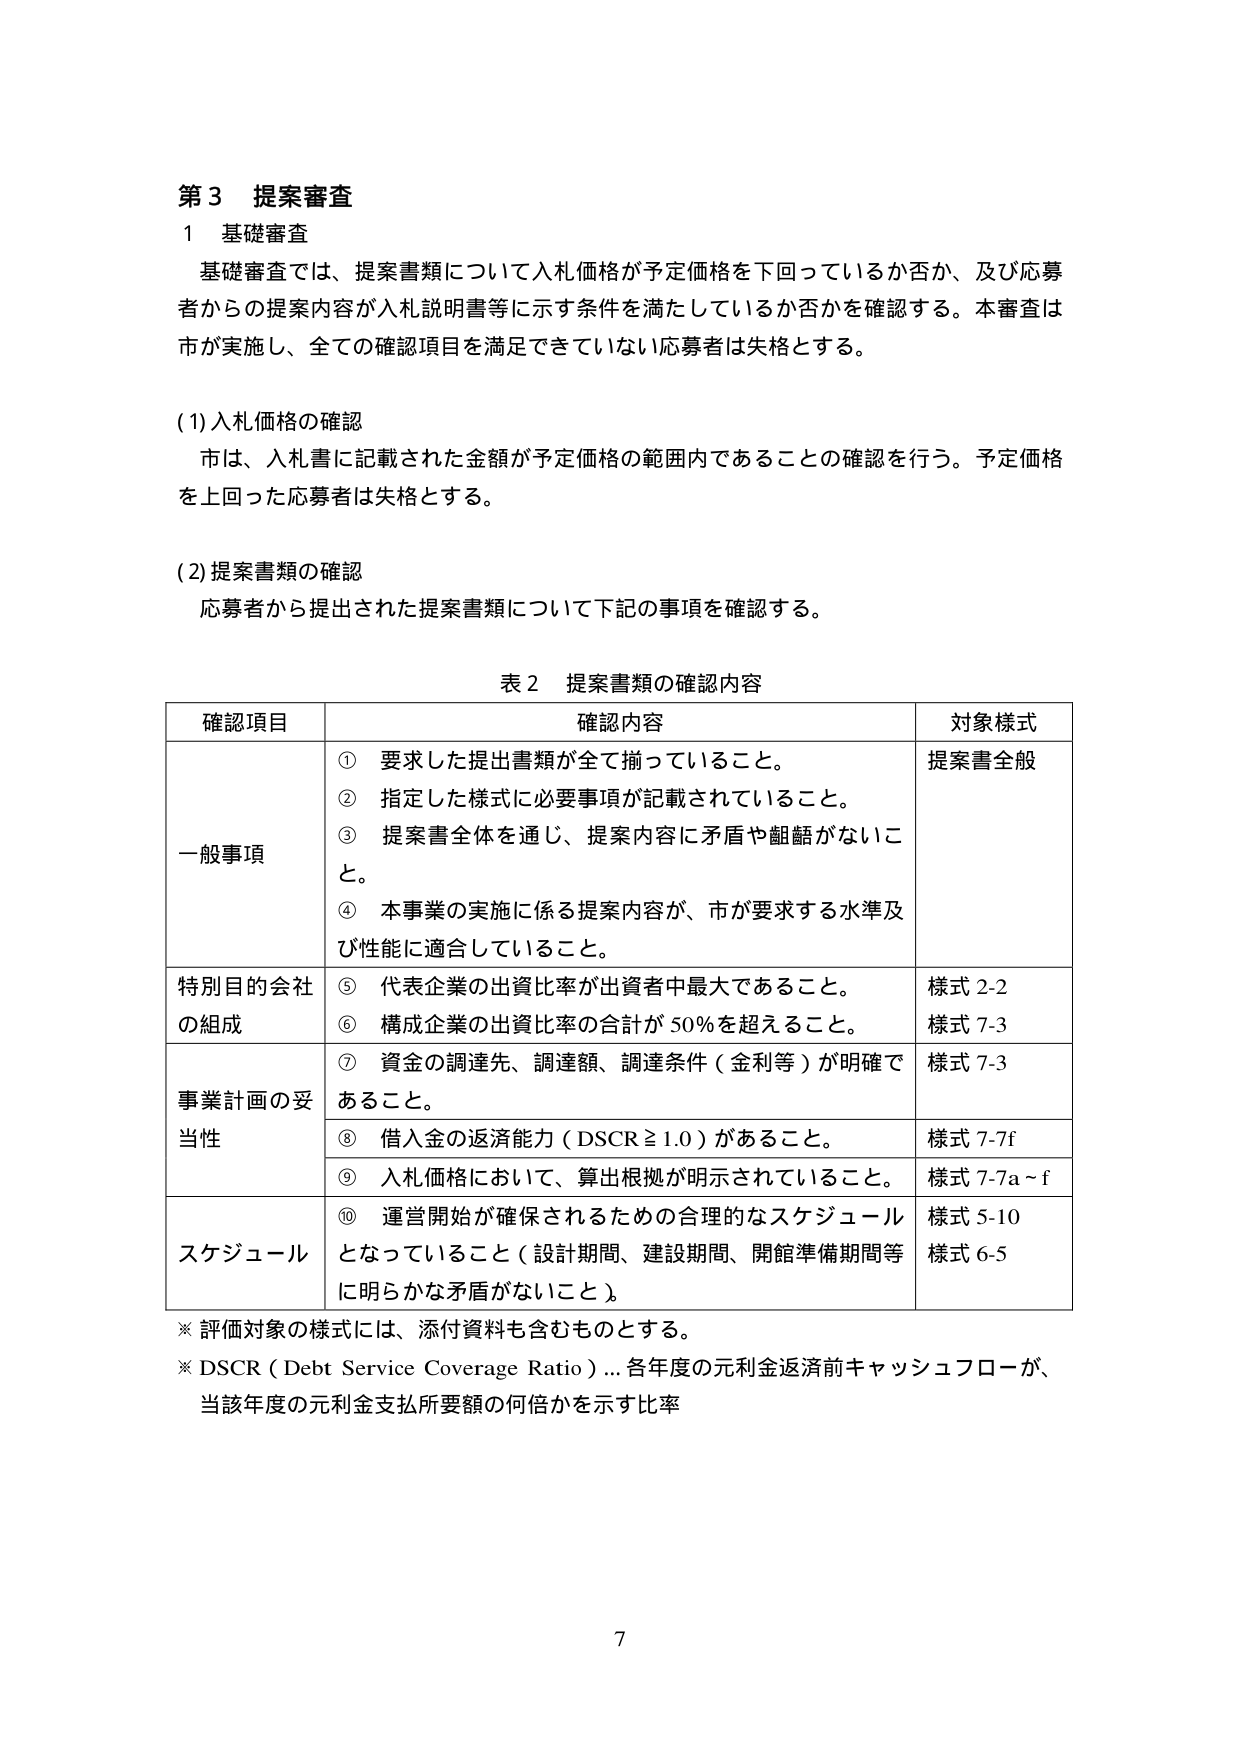
第３ 提案審査
１ 基礎審査
基礎審査では、提案書類について入札価格が予定価格を下回っているか否か、及び応募者からの提案内容が入札説明書等に示す条件を満たしているか否かを確認する。本審査は市が実施し、全ての確認項目を満足できていない応募者は失格とする。

(1) 入札価格の確認
市は、入札書に記載された金額が予定価格の範囲内であることの確認を行う。予定価格を上回った応募者は失格とする。

(2) 提案書類の確認
応募者から提出された提案書類について下記の事項を確認する。

表２ 提案書類の確認内容

| 確認項目 | 確認内容 | 対象様式 |
|----------|----------|----------|
| 一般事項 | ① 要求した提出書類が全て揃っていること。 | 提案書全般 |
| | ② 指定した様式に必要事項が記載されていること。 | |
| | ③ 提案書全体を通じ、提案内容に矛盾や齟齬がないこと。 | |
| | ④ 本事業の実施に係る提案内容が、市が要求する水準及び性能に適合していること。 | |
| 特別目的会社の組成 | ⑤ 代表企業の出資比率が出資者中最大であること。 | 様式 2-2 |
| | ⑥ 構成企業の出資比率の合計が 50％を超えること。 | 様式 7-3 |
| 事業計画の妥当性 | ⑦ 資金の調達先、調達額、調達条件（金利等）が明確であること。 | 様式 7-3 |
| | ⑧ 借入金の返済能力（DSCR ≥ 1.0）があること。 | 様式 7-7f |
| | ⑨ 入札価格において、算出根拠が明示されていること。 | 様式 7-7a～f |
| スケジュール | ⑩ 運営開始が確保されるための合理的なスケジュールとなっていること（設計期間、建設期間、開館準備期間等に明らかな矛盾がないこと）。 | 様式 5-10<br>様式 6-5 |

※ 評価対象の様式には、添付資料も含むものとする。
※ DSCR（Debt Service Coverage Ratio）… 各年度の元利金返済前キャッシュフローが、当該年度の元利金支払所要額の何倍かを示す比率

7